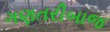
ગણતરીબાજ